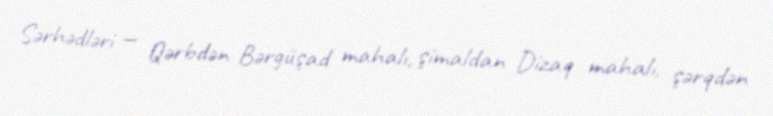
Sərhədləri — Qərbdən Bərgüşad mahalı, şimaldan Dizaq mahalı, şərqdən